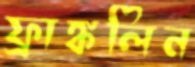
ফ্রাঙ্কলিন